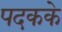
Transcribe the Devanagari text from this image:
पदकके